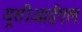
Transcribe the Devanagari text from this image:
यूसीआईएल